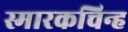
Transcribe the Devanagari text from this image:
स्मारकचिन्ह